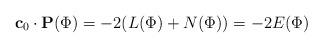
LaTeX: \begin{align*}\mathbf{c}_0\cdot \mathbf{P}(\Phi)=-2(L(\Phi)+N(\Phi))=-2E(\Phi) \end{align*}